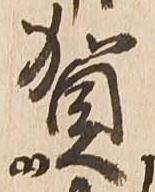
賀